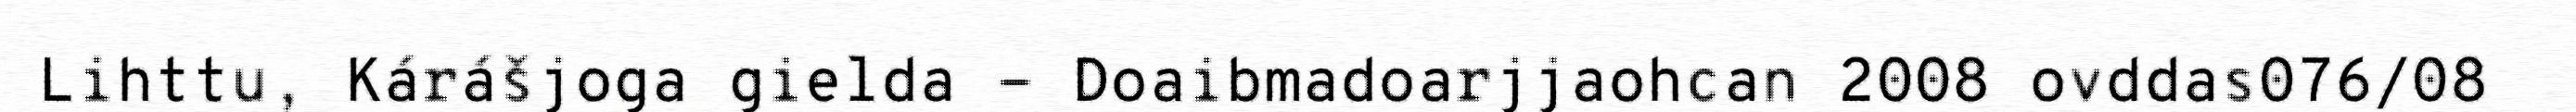
Lihttu, Kárášjoga gielda - Doaibmadoarjjaohcan 2008 ovddas076/08